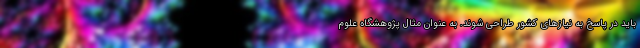
باید در پاسخ به نیازهای کشور طراحی شوند. به عنوان مثال پژوهشگاه علوم